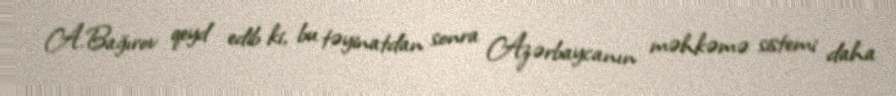
A.Bağırov qeyd edib ki, bu təyinatdan sonra Azərbaycanın məhkəmə sistemi daha